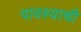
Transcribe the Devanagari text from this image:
पावश्याची